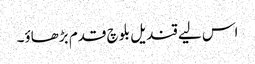
اس لیے قندیل بلوچ قدم بڑھاؤ۔